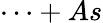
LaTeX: \cdots+As